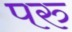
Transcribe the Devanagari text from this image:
परु